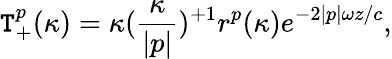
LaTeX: \mathtt{T}_{+}^{p}(\kappa)={\kappa}(\frac{{\kappa}}{{|p|}})^{+1}r^{p}(\kappa)e^{-2|p|{\omega}z/c},